Leprosy in India: report of the Leprosy Commission in India, 1890-91
Year: 1890
Disease focus: Leprosy
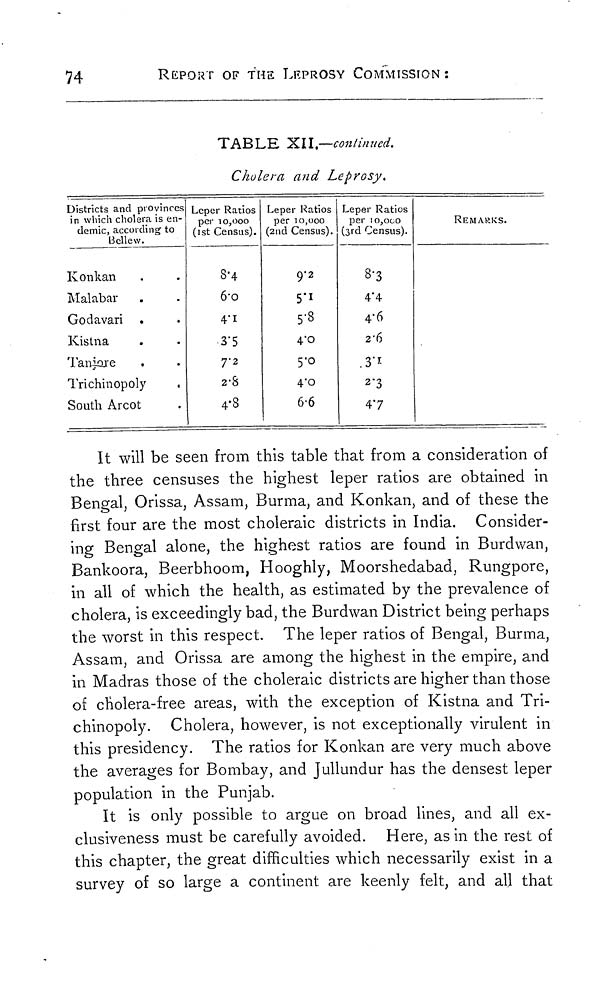
74
REPORT OF THE LEPROSY COMMISSION :
TABLE XII.—continued.
Cholera and Leprosy.
Districts and provinces
in which cholera is en-
demic, according to
Bellew.
Konkan
Malabar
Godavari
Kistna
Tanjore
Trichinopoly
South Arcot
Leper Ratios
per 10,000
(1st Census).
8.4
6.0
4.l
3.5
7.2
2.8
4.3
Leper Ratios
per 10,000
(2nd Census).
9.2
5.8
4.0
5.0
4.0
6.6
Leper Ratios
per 10,000
(3rd Census).
8.3
4.4
4.6
2.6
3.1
2.3
47
REMARKS.
It will be seen from this table that from a consideration of
the three censuses the highest leper ratios are obtained in
Bengal, Orissa, Assam, Burma, and Konkan, and of these the
first four are the most choleraic districts in India. Consider-
ing Bengal alone, the highest ratios are found in Burdwan,
Bankoora, Beerbhoom, Hooghly, Moorshedabad, Rungpore,
in all of which the health, as estimated by the prevalence of
cholera, is exceedingly bad, the Burdwan District being perhaps
the worst in this respect. The leper ratios of Bengal, Burma,
Assam, and Orissa are among the highest in the empire, and
in Madras those of the choleraic districts are higher than those
of cholera-free areas, with the exception of Kistna and Tri-
chinopoly. Cholera, however, is not exceptionally virulent in
this presidency. The ratios for Konkan are very much above
the averages for Bombay, and Jullundur has the densest leper
population in the Punjab.
It is only possible to argue on broad lines, and all ex-
clusiveness must be carefully avoided. Here, as in the rest of
this chapter, the great difficulties which necessarily exist in a
survey of so large a continent are keenly felt, and all that